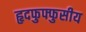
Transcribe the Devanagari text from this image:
हृदफुफ्फुसीय